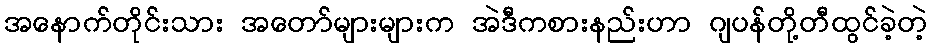
အနောက်တိုင်းသား အတော်များများက အဲဒီကစားနည်းဟာ ဂျပန်တို့တီထွင်ခဲ့တဲ့